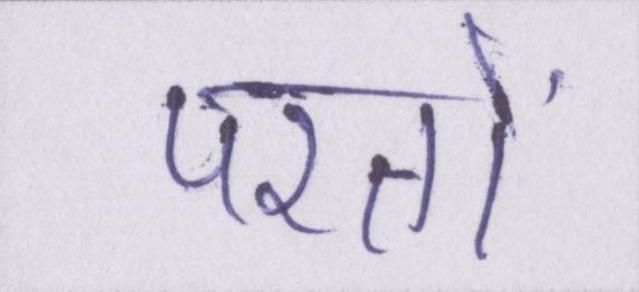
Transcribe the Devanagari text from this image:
परतों